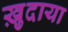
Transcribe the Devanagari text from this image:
ख़ु़दाया